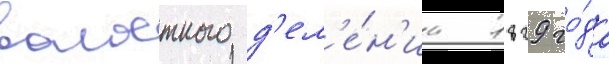
волостного д'ел'е́н'иа 1829 го́да